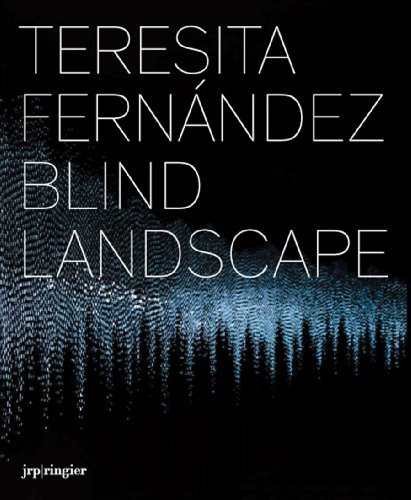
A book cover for Teresita Fernandez: Blind Landscape; Dave Hickey; Arts & Photography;